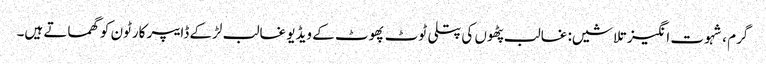
گرم ، شہوت انگیز تلاشیں: غالب پٹھوں کی پتلی ٹوٹ پھوٹ کے ویڈیو غالب لڑکے ڈایپر کارٹون کو گھماتے ہیں۔